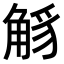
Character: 𧣭